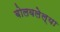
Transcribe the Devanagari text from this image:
बोलवलेल्या